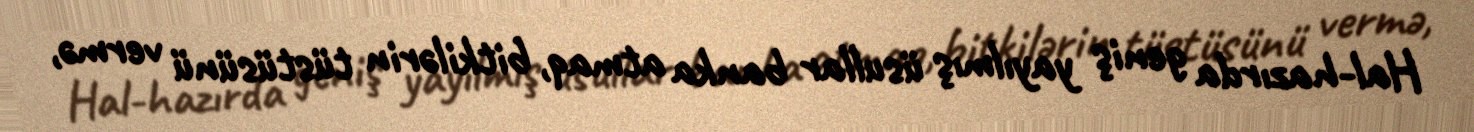
Hal-hazırda geniş yayılmış üsullar banka atmaq, bitkilərin tüstüsünü vermə,